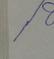
Signature authenticity: forged